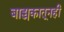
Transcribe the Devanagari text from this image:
बाह्यकातूनही